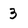
Character: 3